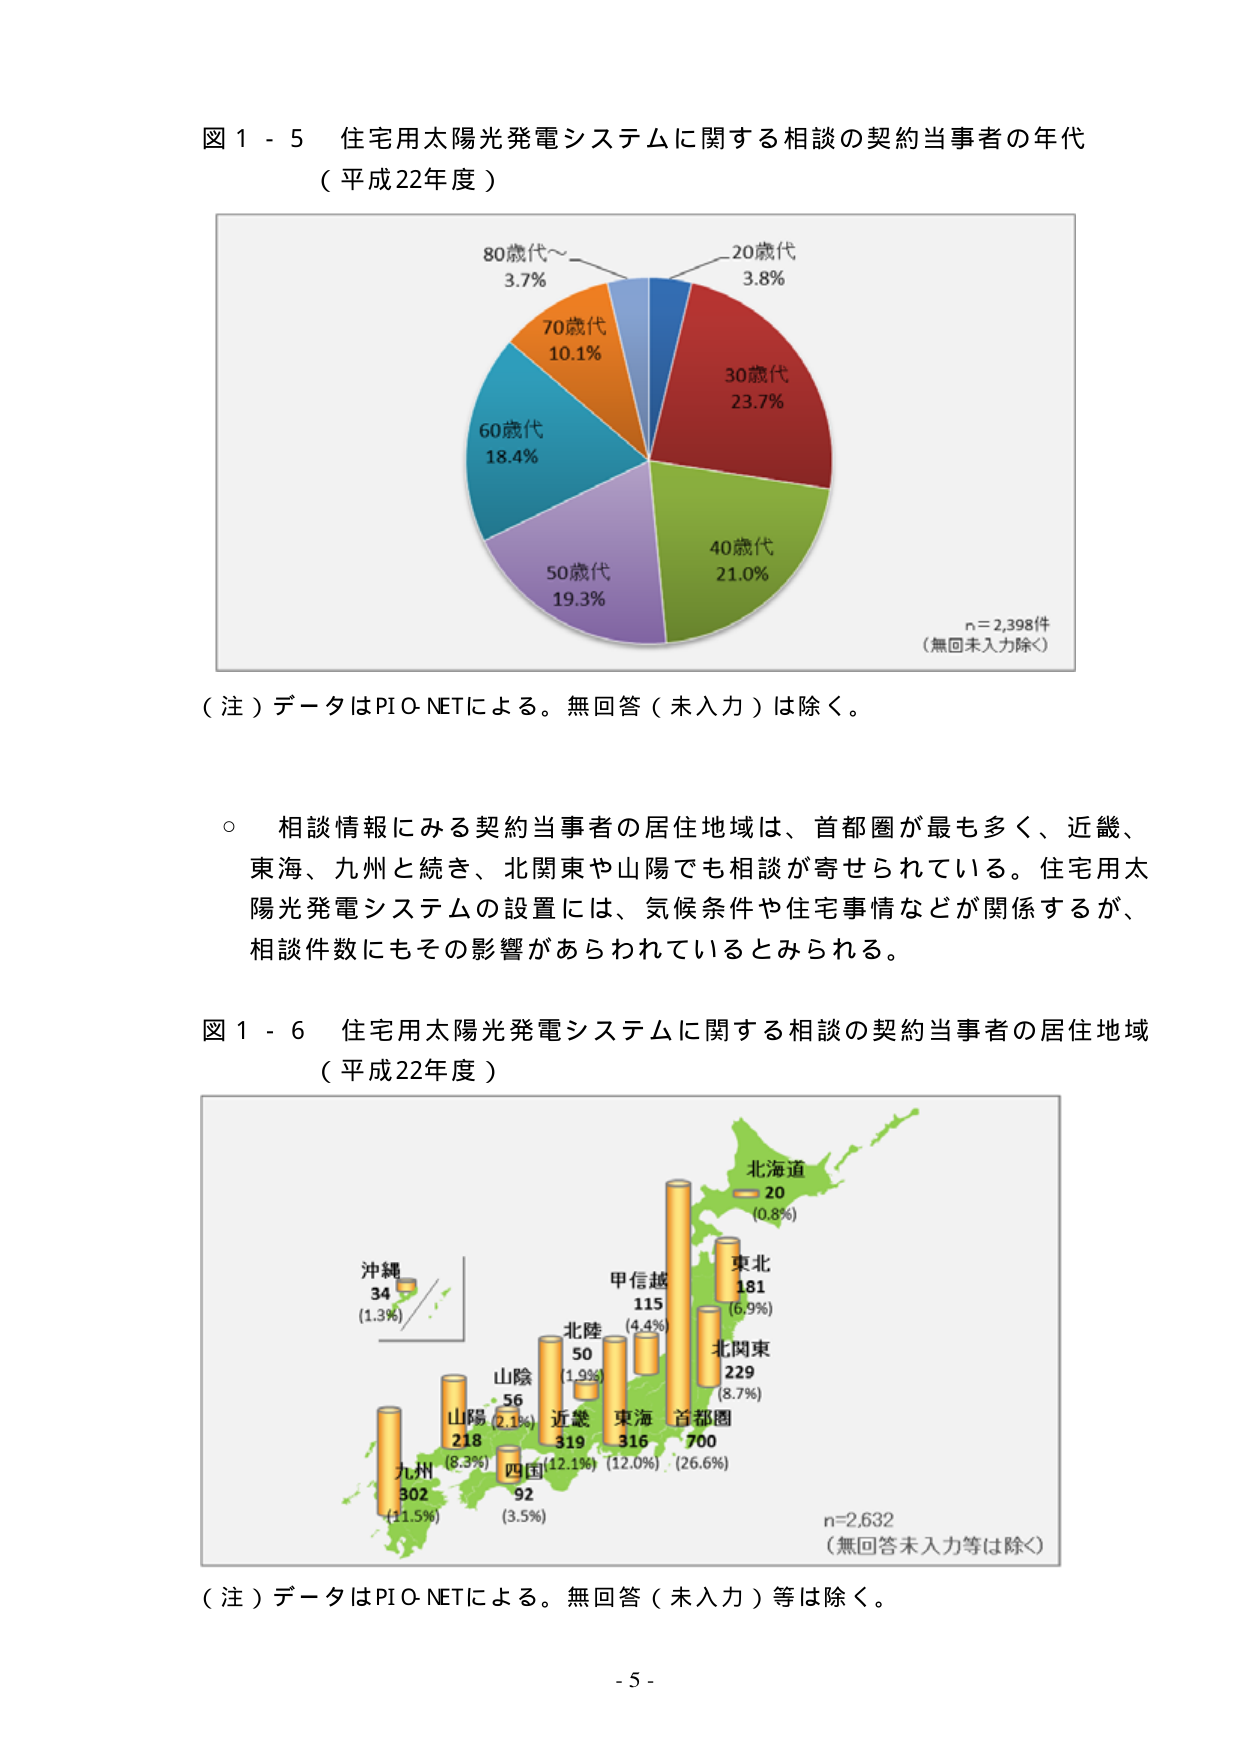
図１－５ 住宅用太陽光発電システムに関する相談の契約当事者の年代
（平成22年度）

80歳代～ 3.7%
70歳代 10.1%
60歳代 18.4%
50歳代 19.3%
40歳代 21.0%
30歳代 23.7%
20歳代 3.8%

n=2,398件
（無回未入力除く）

（注）データはPIO NETによる。無回答（未入力）は除く。

○ 相談情報にみる契約当事者の居住地域は、首都圏が最も多く、近畿、
東海、九州と続き、北関東や山陽でも相談が寄せられている。住宅用太
陽光発電システムの設置には、気候条件や住宅事情などが関係するが、
相談件数にもその影響があらわれているとみられる。

図１－６ 住宅用太陽光発電システムに関する相談の契約当事者の居住地域
（平成22年度）

北海道 20 (0.8%)
東北 181 (6.9%)
北関東 229 (8.7%)
首都圏 700 (26.6%)
東海 316 (12.0%)
近畿 319 (12.1%)
北陸 50 (1.9%)
山陰 56 (2.1%)
山陽 218 (8.3%)
四国 92 (3.5%)
九州 302 (11.5%)
沖縄 34 (1.3%)

n=2,632
（無回答未入力等は除く）

（注）データはPIO NETによる。無回答（未入力）等は除く。

- 5 -